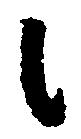
候